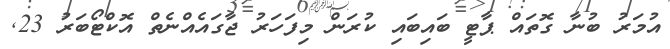
އުމަރު ބުނާ ގޮތައް ޕާޓީ ބައިބައި ކުރަން މިފަހަރު ޖާގައެއްނެތް އޮކްޓޯބަރު 23